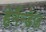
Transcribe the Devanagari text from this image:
हेर्नैन्डेज़